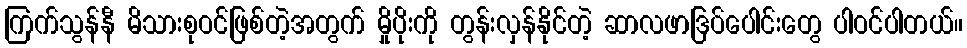
ကြက်သွန်နီ မိသားစုဝင်ဖြစ်တဲ့အတွက် မှိုပိုးကို တွန်းလှန်နိုင်တဲ့ ဆာလဖာဒြပ်ပေါင်းတွေ ပါဝင်ပါတယ်။